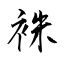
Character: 袾